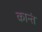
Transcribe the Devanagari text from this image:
कान्तं